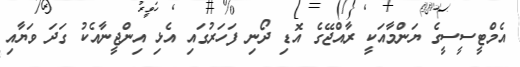
އެމްޓީސީސީގެ ޔަންމާއަކީ ރާއްޖޭގެ އޮޑި ދޯނި ފަހަރުގައި އެޅި އިންޖީނާއެކު ގަދަ ވަޔާއި